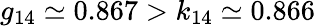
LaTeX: g_{14}\simeq 0.867>k_{14}\simeq 0.866